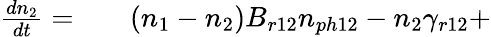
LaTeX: \begin{array}{rlr}{\frac{dn_{2}}{dt}=}&{{}}&{(n_{1}-n_{2})B_{r12}n_{ph12}-n_{2}\gamma_{r12}+}\end{array}